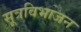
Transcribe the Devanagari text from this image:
सूत्रविभाजन